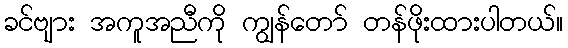
ခင်ဗျား အကူအညီကို ကျွန်တော် တန်ဖိုးထားပါတယ်။